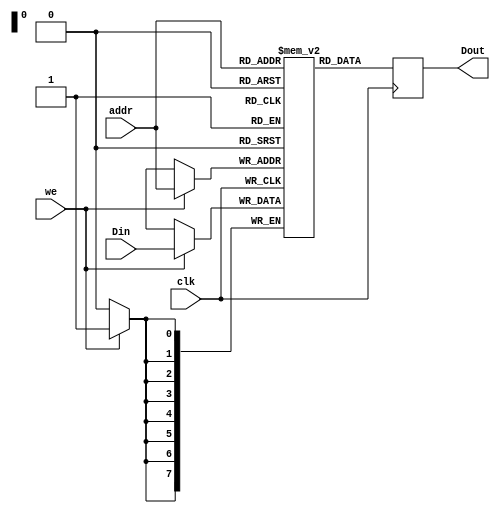
module BRAM
#(
	parameter DATA_WIDTH = 8,
	parameter ADDR_WIDTH = 8,
	parameter DEPTH = 1 << ADDR_WIDTH
)
(
	input clk,
	input we,
	input [ADDR_WIDTH-1:0] addr,
	input [DATA_WIDTH-1:0] Din,
	output reg [DATA_WIDTH-1:0] Dout	
);

reg [DATA_WIDTH-1:0] mem [DEPTH-1:0];

always @(posedge clk) begin
	if(we) begin
		mem[addr] <= Din;
	end
	Dout = mem[addr];
end

endmodule